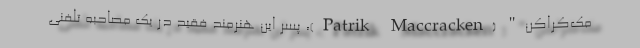
مک‌کراکن" (Patrik Maccracken)، پسر این هنرمند فقید در یک مصاحبه تلفنی